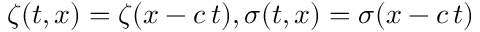
\zeta ( t , x ) = \zeta ( x - c \, t ) , \sigma ( t , x ) = \sigma ( x - c \, t )